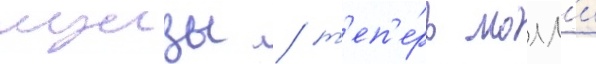
луизы / т'еп'е́рь молл'и